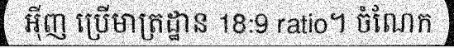
អ៊ីញ ប្រើមាត្រដ្ឋាន 18:9 ratio។ ចំណែក